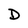
Character: D